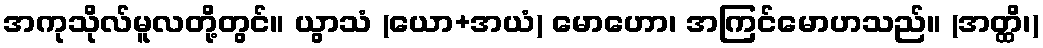
အကုသိုလ်မူလတို့တွင်။ ယွာသံ (ယော+အယံ) မောဟော၊ အကြင်မောဟသည်။ (အတ္ထိ၊)